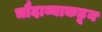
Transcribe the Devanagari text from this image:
चौदाव्याकडून